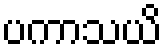
ပကာသယိ